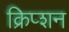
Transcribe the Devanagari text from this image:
क्रिप्शन